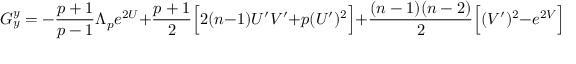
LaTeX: G _ { y } ^ { y } = - \frac { p + 1 } { p - 1 } \Lambda _ { p } e ^ { 2 U } + \frac { p + 1 } { 2 } \Big [ 2 ( n - 1 ) U ^ { \prime } V ^ { \prime } + p ( U ^ { \prime } ) ^ { 2 } \Big ] + \frac { ( n - 1 ) ( n - 2 ) } { 2 } \Big [ ( V ^ { \prime } ) ^ { 2 } - e ^ { 2 V } \Big ]